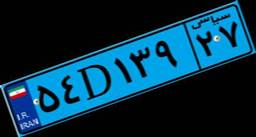
۶۳D۶۸۶۰۰